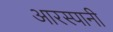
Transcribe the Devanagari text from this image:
आरस्पानी